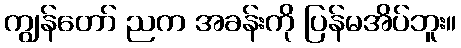
ကျွန်တော် ညက အခန်းကို ပြန်မအိပ်ဘူး။